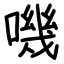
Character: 嘰